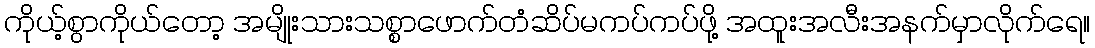
ကိုယ့်စွာကိုယ်တော့ အမျိုးသားသစ္စာဖောက်တံဆိပ်မကပ်ကပ်ဖို့ အထူးအလီးအနက်မှာလိုက်ရေ။